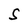
Character: S